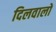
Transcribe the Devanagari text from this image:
दिलवालों